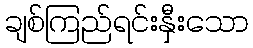
ချစ်ကြည်ရင်းနှီးသော